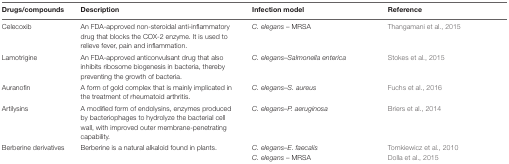
<table><thead><tr><td><b>Drugs/compounds</b></td><td><b>Description</b></td><td><b>Infection model</b></td><td><b>Reference</b></td></tr></thead><tbody><tr><td>Celecoxib</td><td>An FDA-approved non-steroidal anti-inflammatory drug that blocks the COX-2 enzyme. It is used to relieve fever, pain and inflammation.</td><td><i>C. elegans</i> – MRSA</td><td>Thangamani et al., 2015</td></tr><tr><td>Lamotrigine</td><td>An FDA-approved anticonvulsant drug that also inhibits ribosome biogenesis in bacteria, thereby preventing the growth of bacteria.</td><td><i>C. elegans–Salmonella enterica</i></td><td>Stokes et al., 2015</td></tr><tr><td>Auranofin</td><td>A form of gold complex that is mainly implicated in the treatment of rheumatoid arthritis.</td><td><i>C. elegans</i>–<i>S. aureus</i></td><td>Fuchs et al., 2016</td></tr><tr><td>Artilysins</td><td>A modified form of endolysins, enzymes produced by bacteriophages to hydrolyze the bacterial cell wall, with improved outer membrane-penetrating capability.</td><td><i>C. elegans–P. aeruginosa</i></td><td>Briers et al., 2014</td></tr><tr><td>Berberine derivatives</td><td>Berberine is a natural alkaloid found in plants.</td><td><i>C. elegans–E. faecalis C. elegans</i> – MRSA</td><td>Tomkiewicz et al., 2010Dolla et al., 2015</td></tr></tbody></table>